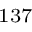
^ \mathrm { 1 3 7 }